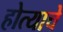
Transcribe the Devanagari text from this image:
होत्याचे